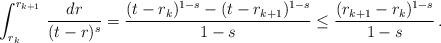
LaTeX: \begin{align*} \int_{r_k}^{r_{k+1}}\,\frac{dr}{(t-r)^s}=\frac{(t-r_k)^{1-s}-(t-r_{k+1})^{1-s}}{1-s}\le \frac{(r_{k+1}-r_k)^{1-s}}{1-s}\,. \end{align*}